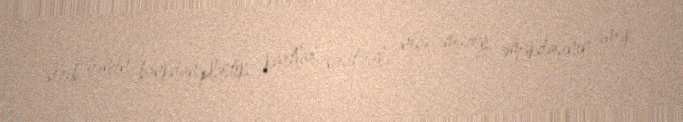
verib, həmin bankdan plastik kartlar vasitəsilə neçə muzey əməkdaşının əmək